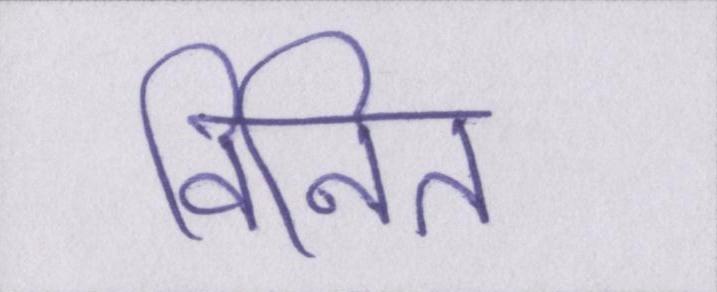
विनित